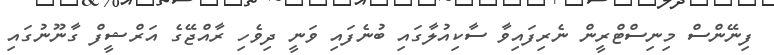
ފިނޭންސް މިނިސްޓްރީން ނެރިފައިވާ ސާކިއުލާގައި ބުނެފައި ވަނީ ދިވެހި ރާއްޖޭގެ އަރްޝީފް ގާނޫނުގައި